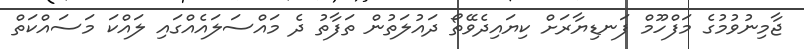
ޖާމިނުވުމުގެ މަފްހޫމް ފަނޑިޔާރަށް ކިޔައިދެވޭތޯ ދައުލަތުން ތަފާތު ދެ މައްސަލައެއްގައި ލައްކަ މަސައްކަތް